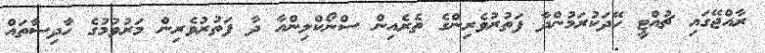
ރާއްޖޭގައި ޗުއްޓީ ހޭދަކުރަމުންދާ ފަތުރުވެރިންގެ ތެރެއިން ސްނޯކްލިންއާ ދާ ފަތުރުވެރިން މަރުވުމުގެ ހާދިސާތައް